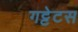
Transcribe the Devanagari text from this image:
गट्टेटस